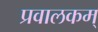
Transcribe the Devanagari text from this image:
प्रवालकम्‌